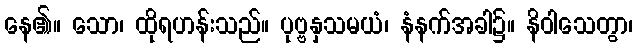
နေ၏။ သော၊ ထိုရဟန်းသည်။ ပုဗ္ဗနှသမယံ၊ နံနက်အခါ၌။ နိဝါသေတွာ၊